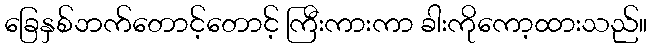
ခြေနှစ်ဘက်တောင့်တောင့် ကြီးကားကာ ခါးကိုကော့ထားသည်။